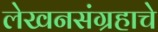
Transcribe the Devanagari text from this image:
लेखनसंग्रहाचे